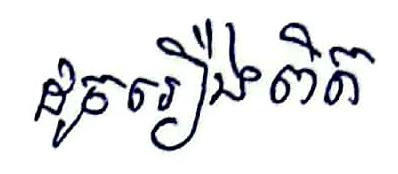
ដូចរឿងពិត